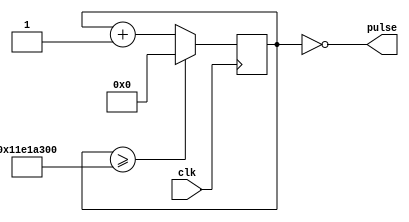
`timescale 1ns / 1ps

module pulse_generator(
    input clk,
    output pulse
    ); 
    reg [28:0] counter;
    
    parameter max_count = 300000000;
    
    always @ (posedge clk)
        if (counter >= max_count)
            counter <= 0;
        else
            counter <= counter + 1;
            
    assign pulse = counter == 0;
endmodule